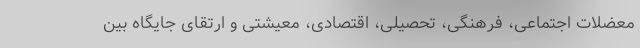
معضلات اجتماعی، فرهنگی، تحصیلی، اقتصادی، معیشتی و ارتقای جایگاه بین